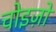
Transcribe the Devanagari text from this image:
चोइज़ो